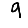
Digit: 9